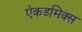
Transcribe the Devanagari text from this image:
ऐकडमिक्स